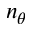
n _ { \theta }